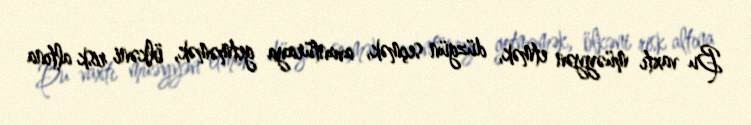
Bu vaxtı müəyyən etmək, düzgün seçmək, avantüraya getməmək, ölkəni risk altına